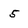
Character: 5